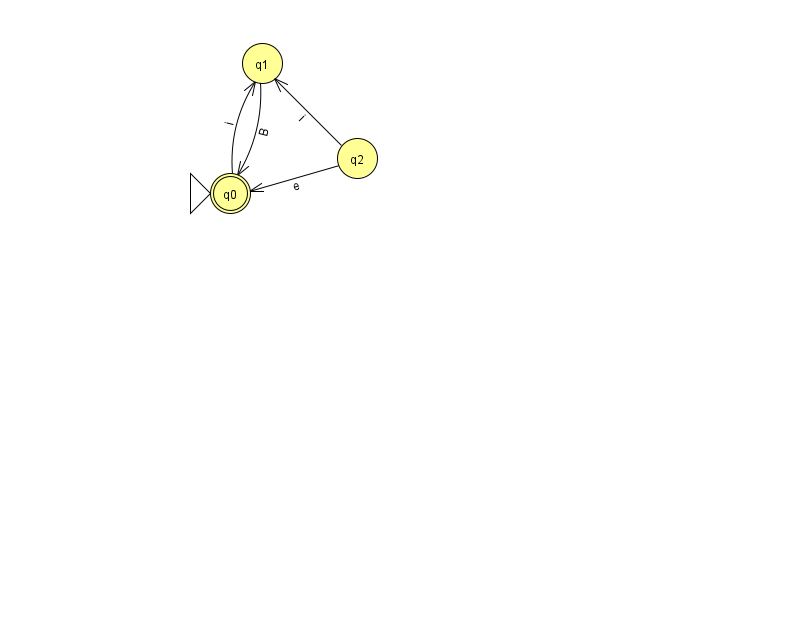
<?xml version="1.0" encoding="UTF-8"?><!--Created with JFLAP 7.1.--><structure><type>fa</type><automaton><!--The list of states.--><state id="0" name="q0"><x>230.0</x><y>180.0</y><initial/><final/></state><state id="1" name="q1"><x>262.0</x><y>50.0</y></state><state id="2" name="q2"><x>357.0</x><y>145.0</y></state><!--The list of transitions.--><transition><from>2</from><to>1</to><read>i</read></transition><transition><from>0</from><to>1</to><read>i</read></transition><transition><from>2</from><to>0</to><read>e</read></transition><transition><from>1</from><to>0</to><read>B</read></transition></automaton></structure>